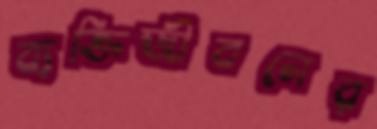
ব্যক্তিজীবনের